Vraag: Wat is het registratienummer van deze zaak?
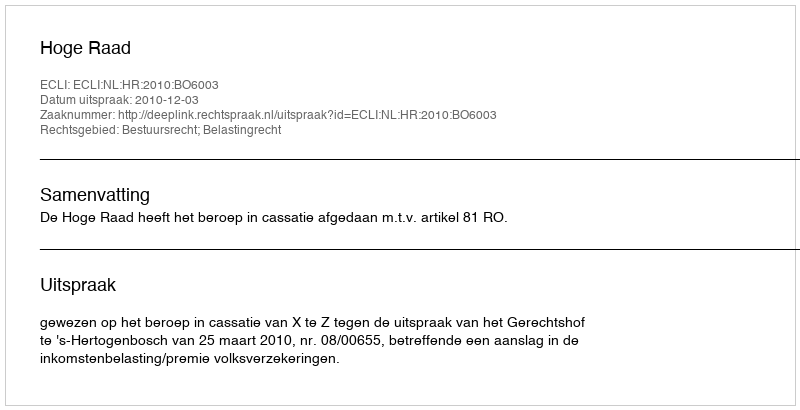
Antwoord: http://deeplink.rechtspraak.nl/uitspraak?id=ECLI:NL:HR:2010:BO6003